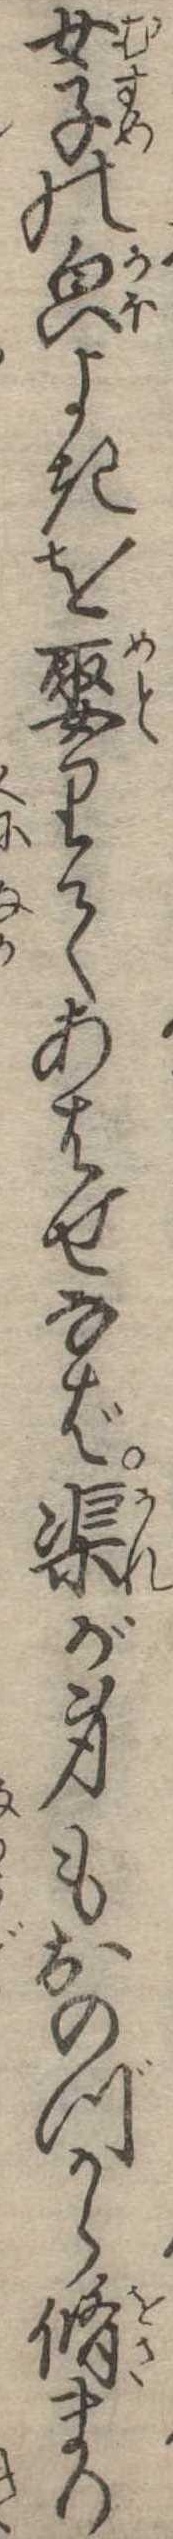
女子のよきを娶りてあはせなば渠が身もおのづから脩まり